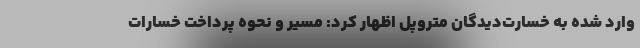
وارد شده به خسارت‌دیدگان متروپل اظهار کرد: مسیر و نحوه پرداخت خسارات